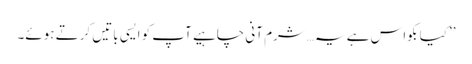
’’کیا بکواس ہے یہ…شرم آنی چاہیے آپ کو ایسی باتیں کرتے ہوئے۔